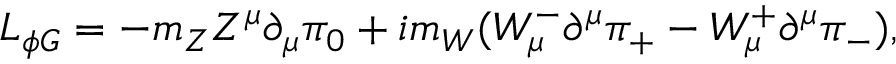
{ \cal L } _ { \phi G } = - m _ { Z } Z ^ { \mu } \partial _ { \mu } \pi _ { 0 } + i m _ { W } ( W _ { \mu } ^ { - } \partial ^ { \mu } \pi _ { + } - W _ { \mu } ^ { + } \partial ^ { \mu } \pi _ { - } ) ,